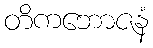
တိကဘောဇနံ